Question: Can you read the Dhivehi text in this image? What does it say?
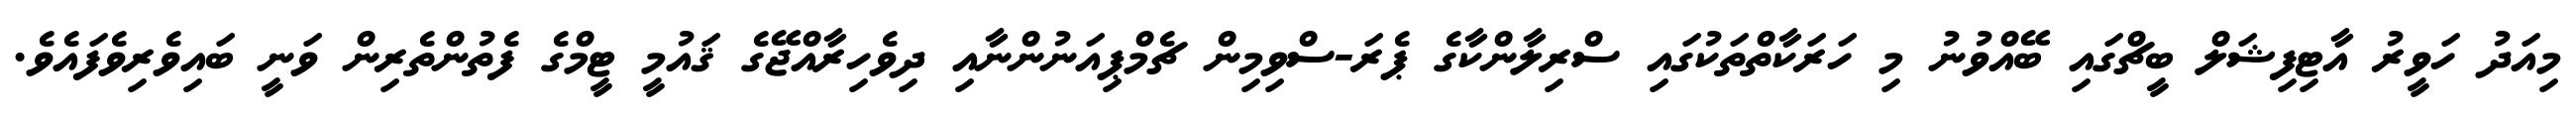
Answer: މިއަދު ހަވީރު އާޓިފިޝަލް ބީޗްގައި ބޭއްވުނު މި ހަރަކާތްތަކުގައި ސްރިލާންކާގެ ޕެރަ-ސްވިމިން ޗެމްޕިއަނުންނާއި ދިވެހިރާއްޖޭގެ ޤައުމީ ޓީމްގެ ފެތުންތެރިން ވަނީ ބައިވެރިވެފައެވެ.